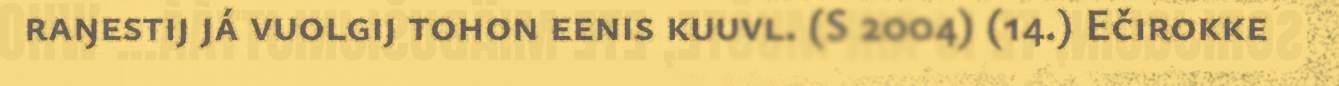
raŋestij já vuolgij tohon eenis kuuvl. (S 2004) (14.) Ečirokke